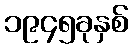
၁၉၄၅ခုနှစ်